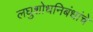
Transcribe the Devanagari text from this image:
लघुशोधनिबंधांचे